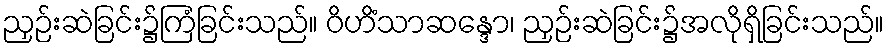
ညှဉ်းဆဲခြင်း၌ကြံခြင်းသည်။ ဝိဟိံသာဆန္ဒော၊ ညှဉ်းဆဲခြင်း၌အလိုရှိခြင်းသည်။